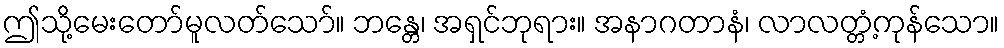
ဤသို့မေးတော်မူလတ်သော်။ ဘန္တေ၊ အရှင်ဘုရား။ အနာဂတာနံ၊ လာလတ္တံ့ကုန်သော။